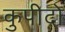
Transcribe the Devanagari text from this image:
कुपीदो